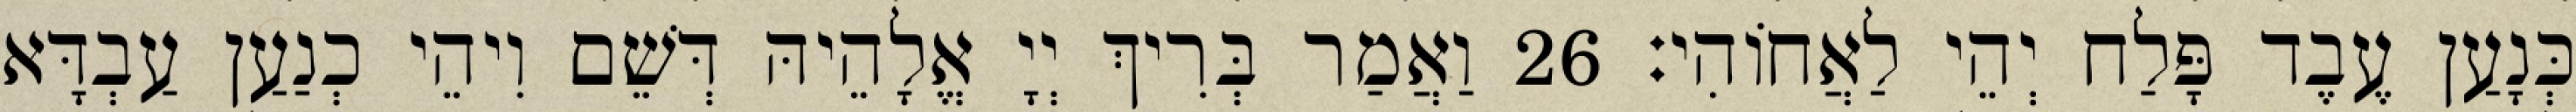
כְּנָעַן עֶבֶד פָּלַח יְהֵי לַאֲחוֹהִי׃ 26 וַאֲמַר בְּרִיךְ יְיָ אֱלָהֵיהּ דְּשֵׁם וִיהֵי כְנַעַן עַבְדָּא